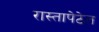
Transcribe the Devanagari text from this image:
रास्तापेठेत